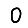
Digit: 0